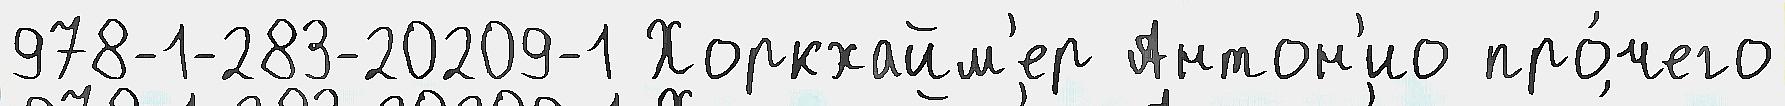
978-1-283-20209-1 Хоркхайм'ер Антон'ио про́чего